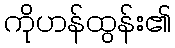
ကိုဟန်ထွန်း၏